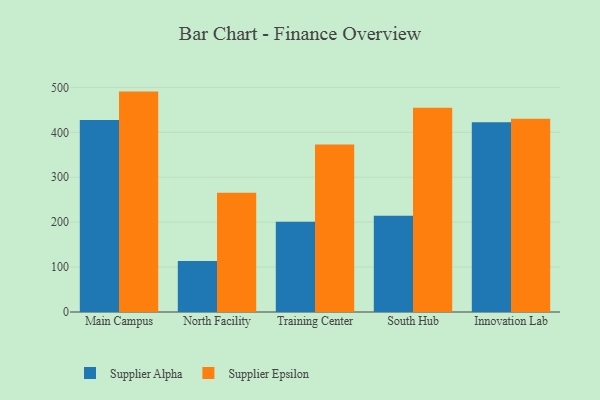
{"axis": {"x": "Campus", "y": "Market Share (%)"}, "legend": ["Supplier Alpha", "Supplier Epsilon"], "data": [{"x": "Main Campus", "y": 427.3, "type": "Supplier Alpha"}, {"x": "Main Campus", "y": 490.7, "type": "Supplier Epsilon"}, {"x": "North Facility", "y": 113.3, "type": "Supplier Alpha"}, {"x": "North Facility", "y": 265.5, "type": "Supplier Epsilon"}, {"x": "Training Center", "y": 201.1, "type": "Supplier Alpha"}, {"x": "Training Center", "y": 372.9, "type": "Supplier Epsilon"}, {"x": "South Hub", "y": 214.4, "type": "Supplier Alpha"}, {"x": "South Hub", "y": 455.0, "type": "Supplier Epsilon"}, {"x": "Innovation Lab", "y": 422.2, "type": "Supplier Alpha"}, {"x": "Innovation Lab", "y": 430.2, "type": "Supplier Epsilon"}]}